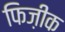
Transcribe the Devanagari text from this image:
फिज़ीक